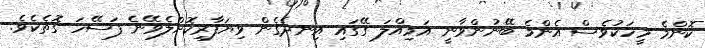
ކޮންމެ މީހަކުވެސް އެންމެ ބޭނުންވާނީ އަމިއްލަ ގޭގައި އިނދެގެން ވިޔަފާރިކޮށްލެވޭނެ ފަސޭހަ ގޮތެކެވެ.